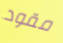
مقود